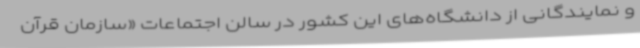
و نمایندگانی از دانشگاه‌های این کشور در سالن اجتماعات «سازمان قرآن